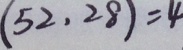
( 5 2 , 2 8 ) = 4